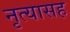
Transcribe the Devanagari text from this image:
नृत्यासह